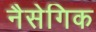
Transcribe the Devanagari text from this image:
नैसेगिक